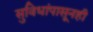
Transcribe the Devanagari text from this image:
सुविधांपासूनही